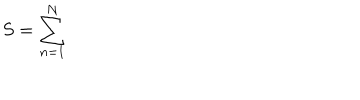
LaTeX: S = \sum _ { n = 1 } ^ { N }